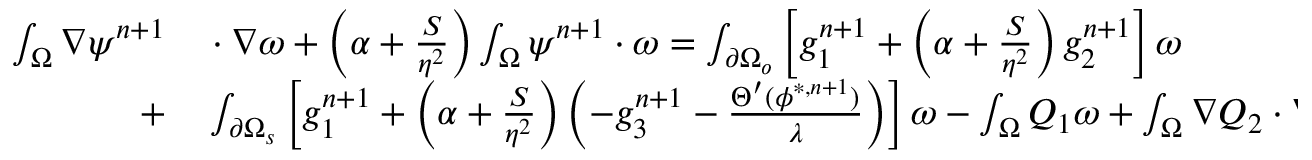
\begin{array} { r l } { \small \int _ { \Omega } \nabla \psi ^ { n + 1 } } & { { } \cdot \nabla \omega + \left( \alpha + \frac { S } { \eta ^ { 2 } } \right) \int _ { \Omega } \psi ^ { n + 1 } \cdot \omega = \int _ { \partial \Omega _ { o } } \left[ g _ { 1 } ^ { n + 1 } + \left( \alpha + \frac { S } { \eta ^ { 2 } } \right) g _ { 2 } ^ { n + 1 } \right] \omega } \\ { + } & { { } \int _ { \partial \Omega _ { s } } \left[ g _ { 1 } ^ { n + 1 } + \left( \alpha + \frac { S } { \eta ^ { 2 } } \right) \left( - g _ { 3 } ^ { n + 1 } - \frac { \Theta ^ { \prime } ( \phi ^ { * , n + 1 } ) } { \lambda } \right) \right] \omega - \int _ { \Omega } Q _ { 1 } \omega + \int _ { \Omega } \nabla Q _ { 2 } \cdot \nabla \omega , \quad \forall \omega ; } \end{array}